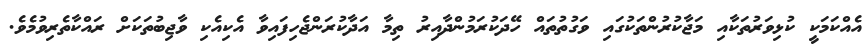
އެއްކަމަކީ ކުޅިވަރުތަކާއި މަޖާކުރުންތަކުގައި ވަގުތުތައް ހޭދަކުރަމުންދާއިރު ތިމާ އަދާކުރަންޖެހިފައިވާ އެކިއެކި ވާޖިބުތަކަށް ރައްކާތެރިވުމެވެ.